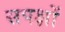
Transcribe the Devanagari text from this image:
सपक्षों